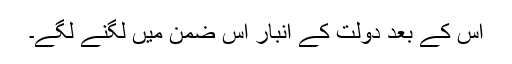
اس کے بعد دولت کے انبار اس ضمن میں لگنے لگے۔